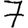
Digit: 7